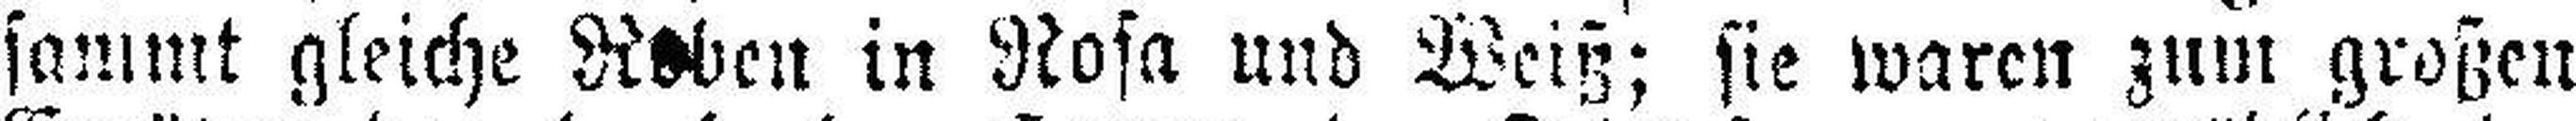
sammt gleiche Roben in Rosa und Weiß; sie waren zum großen